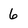
Character: 6